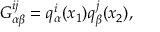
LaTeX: G _ { \alpha \beta } ^ { i j } = q _ { \alpha } ^ { i } ( x _ { 1 } ) q _ { \beta } ^ { j } ( x _ { 2 } ) ,